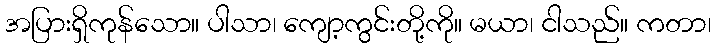
အပြားရှိကုန်သော။ ပါသာ၊ ကျော့ကွင်းတို့ကို။ မယာ၊ ငါသည်။ ကတာ၊